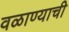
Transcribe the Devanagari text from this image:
वळाण्याची